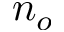
n _ { o }